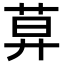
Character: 𦱤